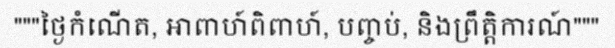
"""ថ្ងៃកំណើត, អាពាហ៍ពិពាហ៍, បញ្ចប់, និងព្រឹត្តិការណ៍"""